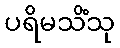
ပရိမသိံသု